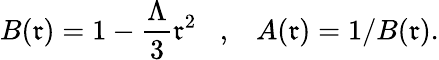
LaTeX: B(\mathfrak{r})=1-{\frac{{\Lambda}}{{3}}}\mathfrak{r}^{2}\; \; \; ,\; \; \; A(\mathfrak{r})=1/B(\mathfrak{r}).